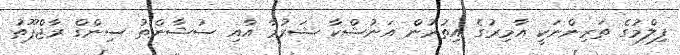
ފިލްމުގެ ތަރިންނަކީ އާމިރުގެ އިތުރުން އަނުޝްކާ ޝަރުމާ އާއި ސުޝާންތު ސިންގް ރާޖްޕޫތު